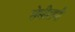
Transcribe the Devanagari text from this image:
सेमीरामी